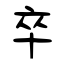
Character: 卒